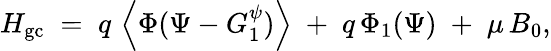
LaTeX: H_{\mathrm{gc}}\; =\; q\, \left\langle\Phi(\Psi-G_{1}^{\psi})\right\rangle\; +\; q\, \Phi_{1}(\Psi)\; +\; \mu\, B_{0},